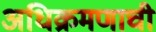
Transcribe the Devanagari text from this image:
अधिक्रमणाची